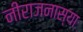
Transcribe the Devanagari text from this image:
नीराजनास्याः